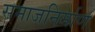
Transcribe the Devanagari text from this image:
समाजनिर्माण